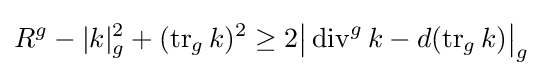
R^{g}-|k|_{g}^{2}+(\operatorname {tr} _{g}k)^{2}\geq 2{\big |}\operatorname {div} ^{g}k-d(\operatorname {tr} _{g}k){\big |}_{g}